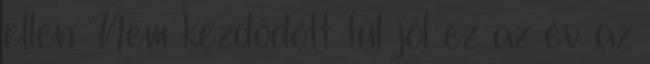
ellen Nem kezdődött túl jól ez az év az